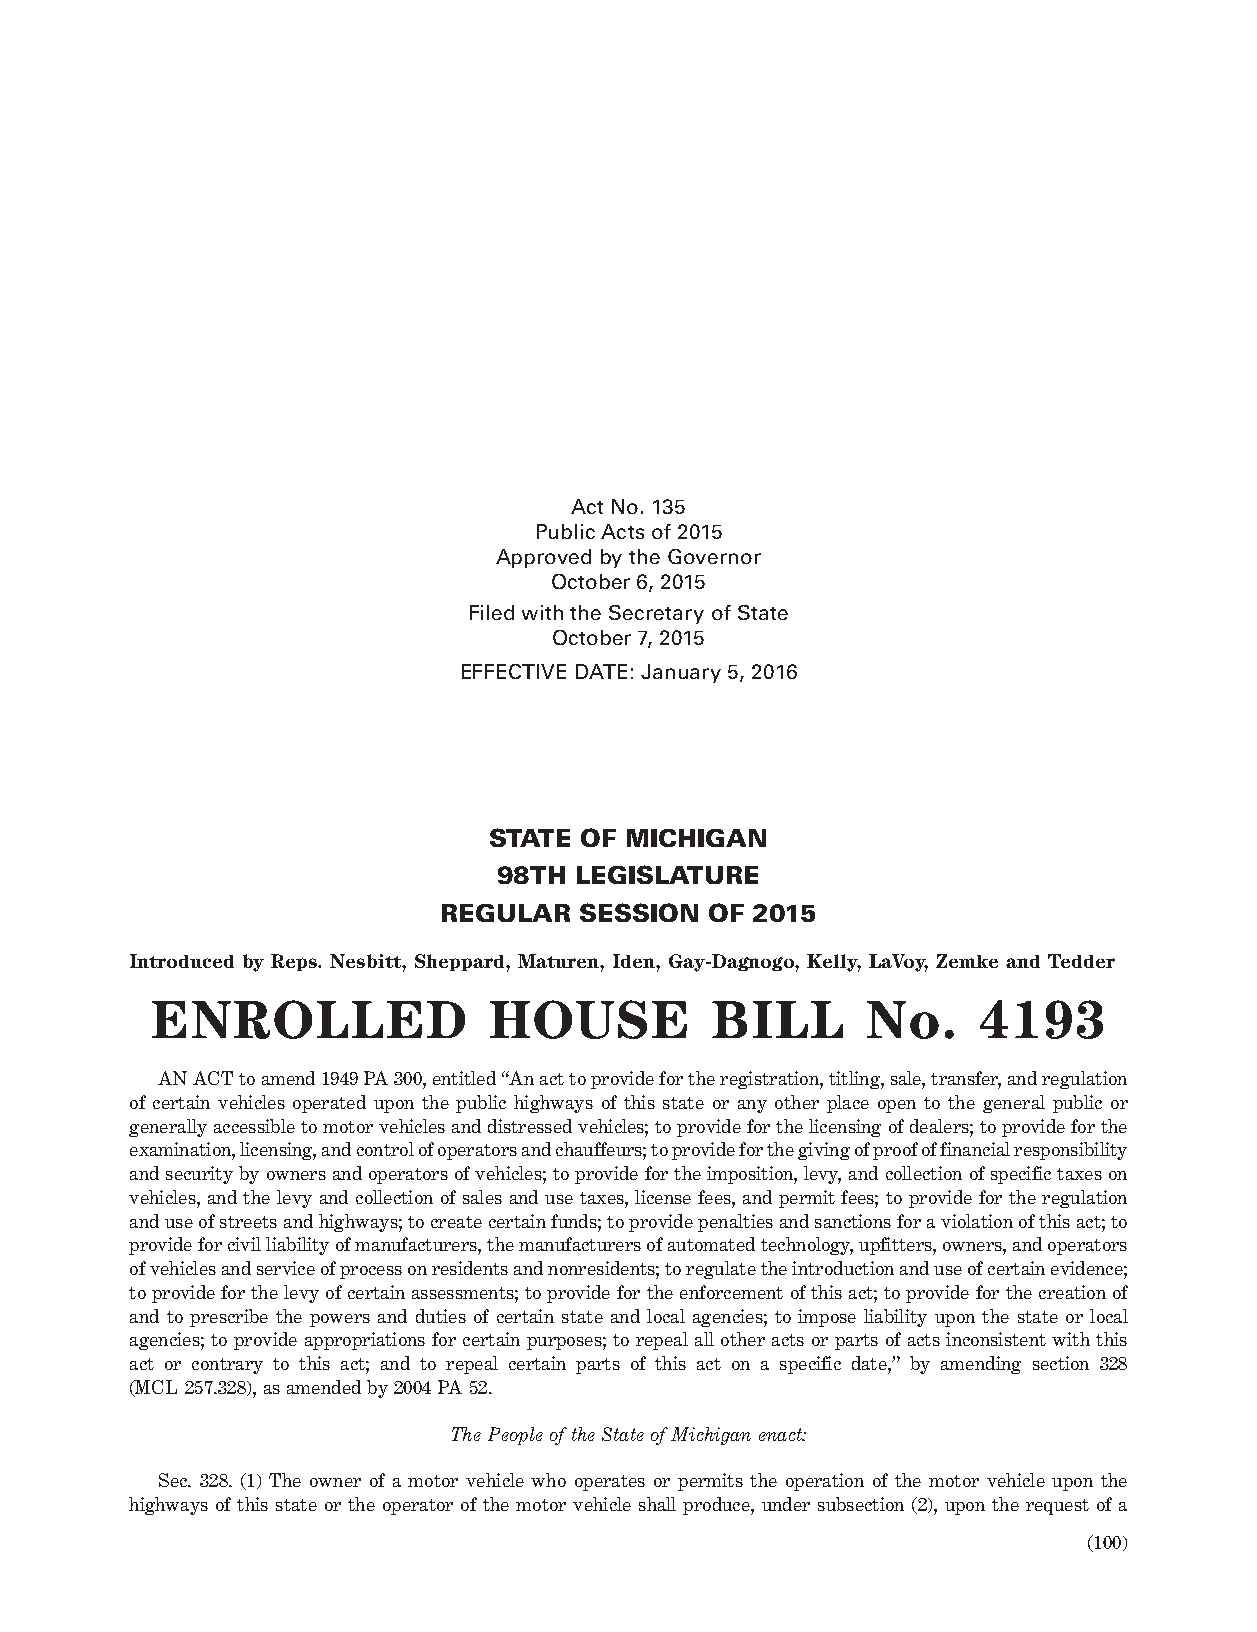
Act No. 135
 Public Acts of 2015
 Approved by the Governor
 October 6, 2015
 Filed with the Secretary of State
 October 7, 2015
 EFFECTIVE DATE: January 5, 2016
 STATE OF MICHIGAN
 98TH LEGISLATURE
 REGULAR  SESSION  OF 2015
 Introduced by Reps. Nesbitt, Sheppard, Maturen, Iden, Gay-Dagnogo, Kelly, LaVoy, Zemke and Tedder
 ENROLLED              HOUSE          BILL      No.     4193
 AN ACT to amend 1949 PA 300, entitled “An act to provide for the registration, titling, sale, transfer, and regulation
 of certain vehicles operated upon the public highways of this state or any other place open to the general public or
 generally accessible to motor vehicles and distressed vehicles; to provide for the licensing of dealers; to provide for the
 examination, licensing, and control of operators and chauffeurs; to provide for the giving of proof of financial responsibility
 and security by owners and operators of vehicles; to provide for the imposition, levy, and collection of specific taxes on
 vehicles, and the levy and collection of sales and use taxes, license fees, and permit fees; to provide for the regulation
 and use of streets and highways; to create certain funds; to provide penalties and sanctions for a violation of this act; to
 provide for civil liability of manufacturers, the manufacturers of automated technology, upfitters, owners, and operators
 of vehicles and service of process on residents and nonresidents; to regulate the introduction and use of certain evidence;
 to provide for the levy of certain assessments; to provide for the enforcement of this act; to provide for the creation of
 and to prescribe the powers and duties of certain state and local agencies; to impose liability upon the state or local
 agencies; to provide appropriations for certain purposes; to repeal all other acts or parts of acts inconsistent with this
 act or contrary to this act; and to repeal certain parts of this act on a specific date,” by amending section 328
 (MCL 257.328), as amended by 2004 PA 52.
 The People of the State of Michigan enact:
 Sec. 328. (1) The owner of a motor vehicle who operates or permits the operation of the motor vehicle upon the
 highways of this state or the operator of the motor vehicle shall produce, under subsection (2), upon the request of a
 (100)
 EHB 4193